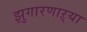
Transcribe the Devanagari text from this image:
झुगारणाऱ्या